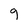
Character: 9